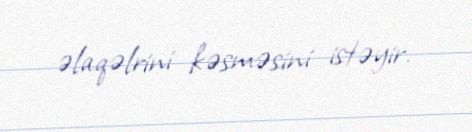
əlaqəlrini kəsməsini istəyir.